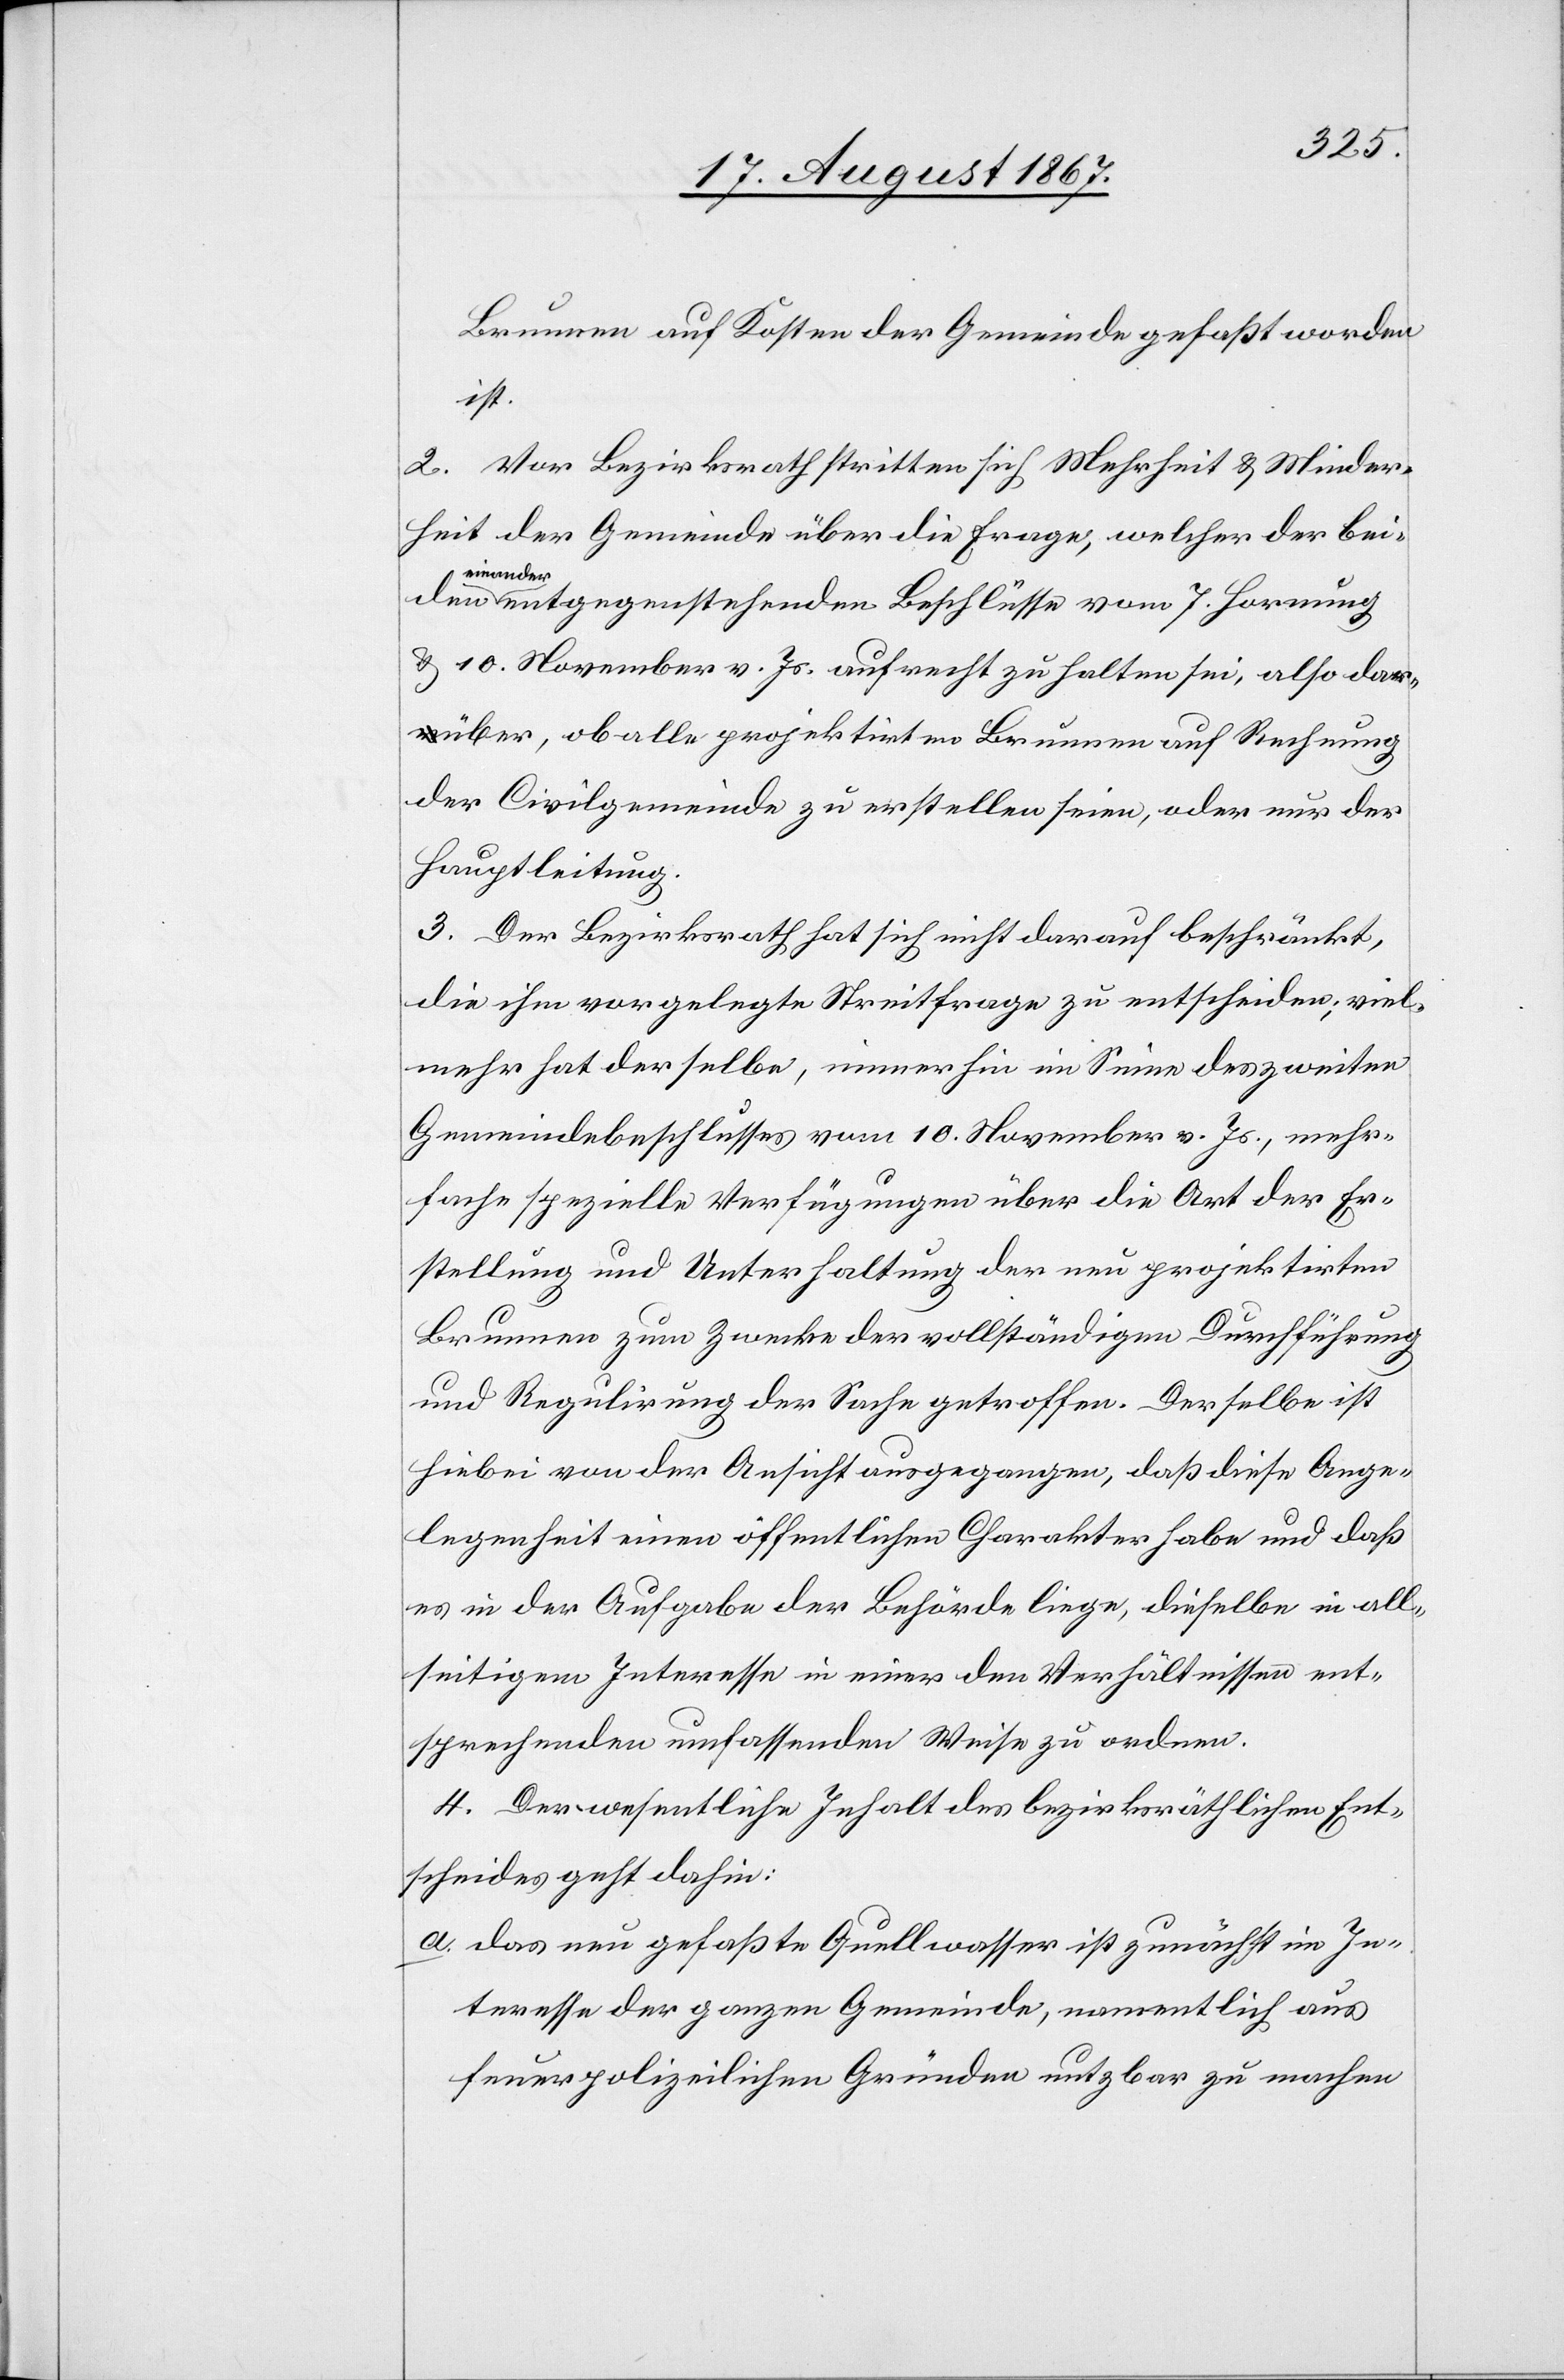
Brunnen auf Kosten der Gemeinde gefaßt worden
ist.
2. Vor Bezirksrath stritten sich Mehrheit u. Minder¬
heit der Gemeinde über die Frage, welcher der bei¬
den einander
entgegenstehenden Beschlüsse vom 7. Hornung
u. 10. November v. Js. aufrecht zu halten sei, also dar¬
über, ob alle projektirten Brunnen auf Rechnung
der Civilgemeinde zu erstellen seien, oder nur der
Hauptleitung.
3. Der Bezirksrath hat sich nicht darauf beschränkt,
die ihm vorgelegte Streitfrage zu entscheiden; viel¬
mehr hat derselbe, immerhin im Sinne des zweiten
Gemeindebeschlusses vom 10. November v. Js., mehr¬
fache spezielle Verfügungen über die Art der Er¬
stellung und Unterhaltung der neu projektirten
Brunnen zum Zwecke der vollständigen Durchführung
und Regulirung der Sache getroffen. Derselbe ist
hiebei von der Ansicht ausgegangen, daß diese Ange¬
legenheit einen öffentlichen Charakter habe und daß
es in der Aufgabe der Behörde liege, dieselbe in all¬
seitigem Interesse in einer den Verhältnissen ent¬
sprechenden umfassenden Weise zu ordnen.
4. Der wesentliche Inhalt des bezirksräthlichen Ent¬
scheides geht dahin:
a. das neu gefaßte Quellwasser ist zunächst im In¬
teresse der ganzen Gemeinde, namentlich aus
feuerpolizeilichen Gründen nutzbar zu machen